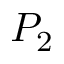
P _ { 2 }